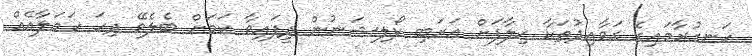
ހަނގުރާމައިގެ ގަވާއިދުތަކާ ޚިލާފަށް އަރަބި ކޯލިޝަނުން ދީފައިވާ ކަމަށް ބެލެވޭ ދިހަ ހަމަލާއެއް